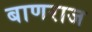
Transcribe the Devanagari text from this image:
बाणराज